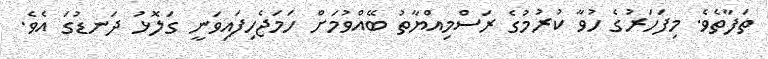
ތަފާތެވެ. މިފަހަރުގެ ހުވާ ކުރުމުގެ ރަސްމިއްޔާތު ބޭއްވުމަށް ހަމަޖެހިފައިވަނީ ގަލޮޅު ދަނޑުގަ އެވެ.